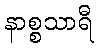
နာစ္စသာရီ